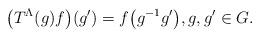
LaTeX: \begin{gather*}\big(T^{\Lambda}(g) f\big)(g') = f\big(g^{-1}g'\big),g, g' \in G.\end{gather*}